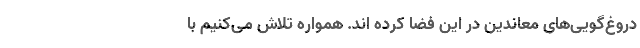
دروغ‌گویی‌های معاندین در این فضا کرده اند. همواره تلاش می‌کنیم با